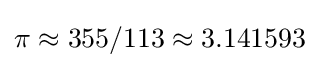
\pi \approx 355/113\approx 3.141593